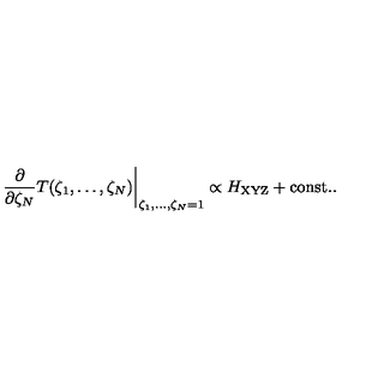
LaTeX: \left. \frac { \partial } { \partial \zeta _ { N } } T ( \zeta _ { 1 } , \ldots , \zeta _ { N } ) \right| _ { \zeta _ { 1 } , \ldots , \zeta _ { N } = 1 } \propto H _ { \mathrm { \scriptsize X Y Z } } + \mathrm { c o n s t . } .